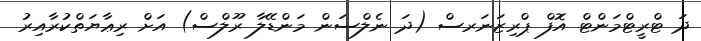
ދަ ޓްރީޓްމަންޓް އޮފް ޕްރިޒަނަރސް (ދަ ނެލްސަން މަންޑޭލާ ރޫލްސް) އަށް ރިޢާޔަތްކުރާއިރު